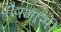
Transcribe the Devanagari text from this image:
पौषमासी